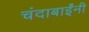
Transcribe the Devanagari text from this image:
चंदाबाईंनी